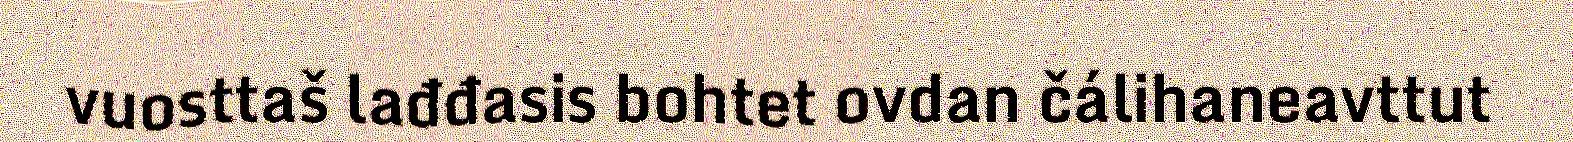
vuosttaš lađđasis bohtet ovdan čálihaneavttut